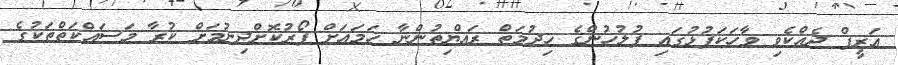
ޢަރީފް ދެއްކެވި ވާހަކަފުޅުގައި ފުލުހުންގެ ޚިދުމަތް ރައްޔިތުންނާ ހަމައަށް ފޯރުކޮށްދިނުމަށް ކުރާ މަސައްކަތްތަކުގެ